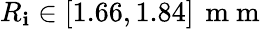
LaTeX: R_{\mathbf{i}}\in[1.66,1.84]\, \mathrm{{~m~m~}}